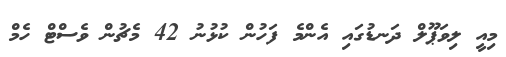
މިއީ ލިވަޕޫލް ދަނޑުގައި އެންމެ ފަހުން ކުޅުނު 42 މެޗުން ވެސްޓް ހެމް